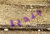
جنديا